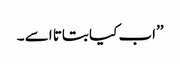
’’اب کیا بتاتا اسے ۔